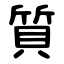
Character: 質